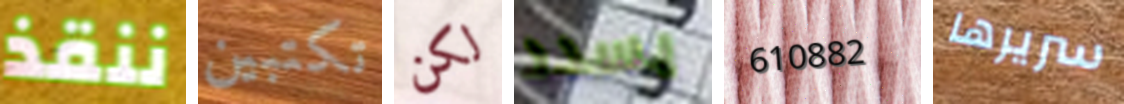
ننقذ تكتبين لكن يسدد 610882 سريرها